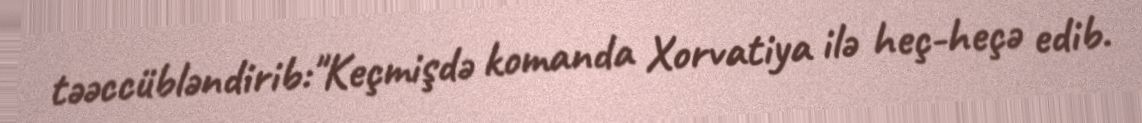
təəccübləndirib:"Keçmişdə komanda Xorvatiya ilə heç-heçə edib.